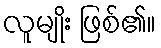
လူမျိုး ဖြစ်၏။